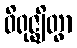
ဝိရုဇ္ဈိတွာ